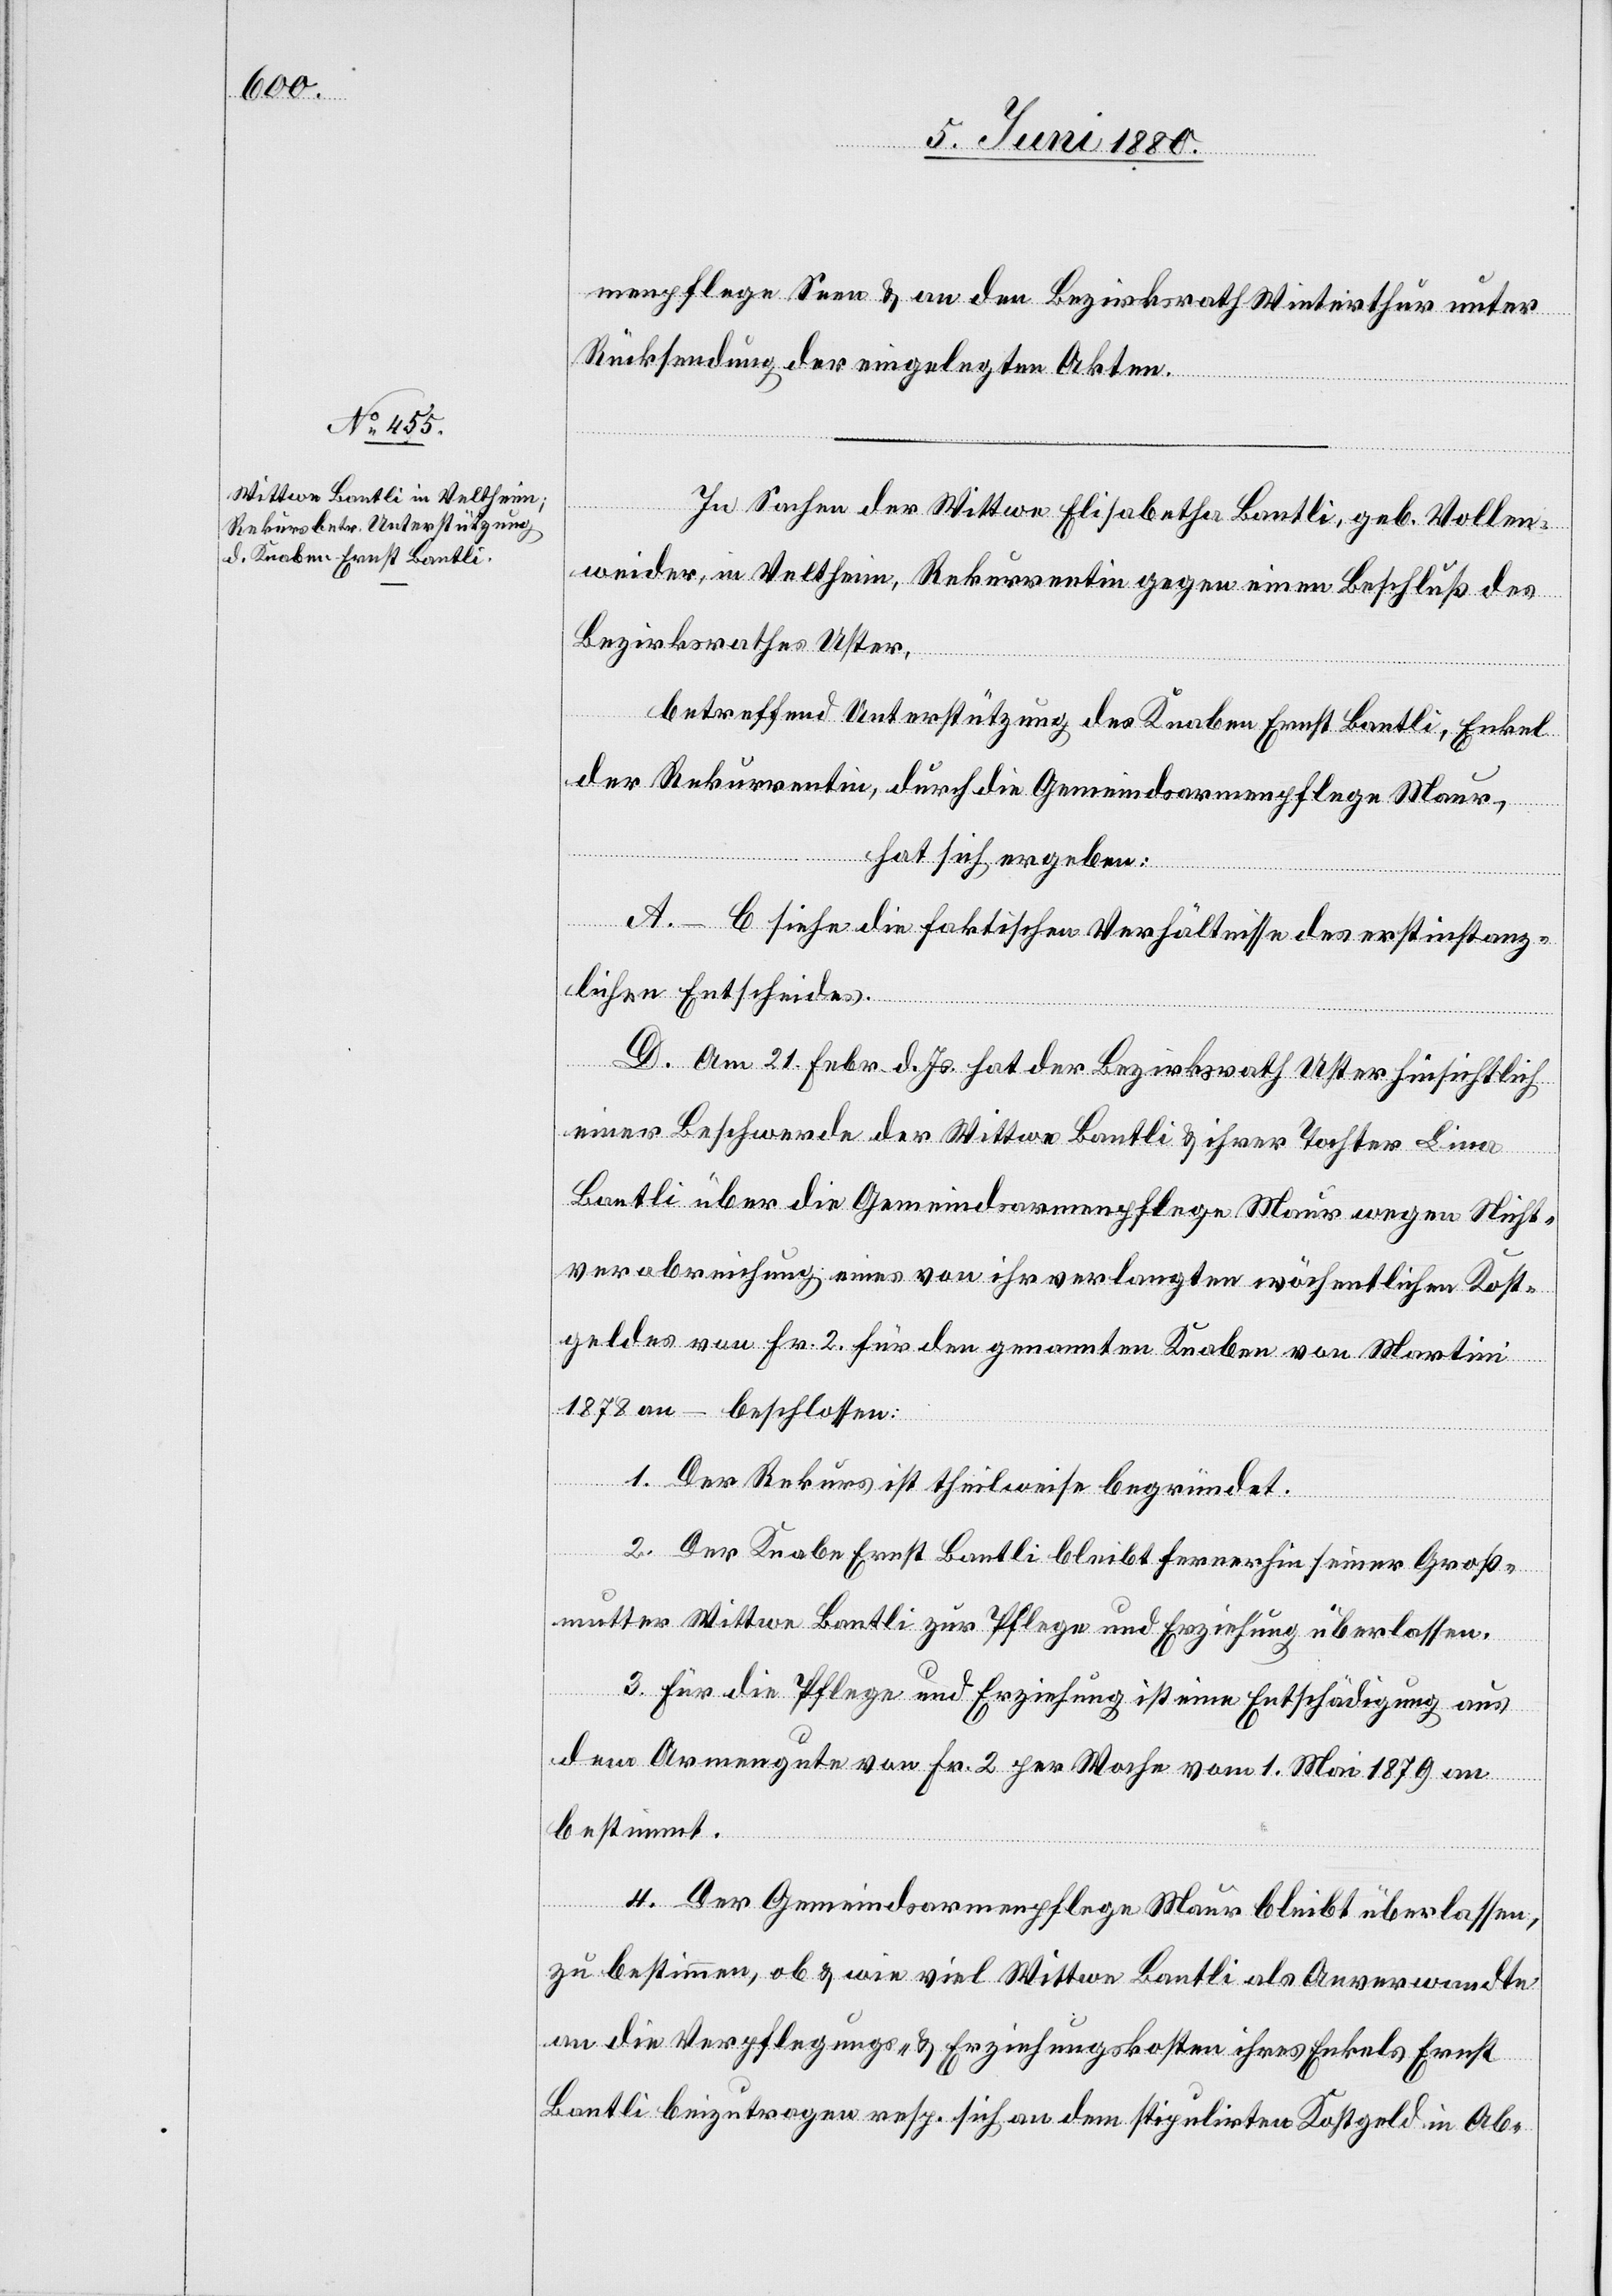
In Sachen der Wittwe Elisabetha Bantli, geb. Vollen¬
weider, in Veltheim, Rekurrentin gegen einen Beschluß des
Bezirksrathes Uster,
betreffend Unterstützung des Knaben Ernst Bantli, Enkel
der Rekurrentin, durch die Gemeindsarmenpflege Maur,
hat sich ergeben:
A–C siehe die faktischen Verhältnisse des erstinstanz¬
lichen Entscheides.
D. Am 21. Febr. d. Js. hat der Bezirksrath Uster hinsichtlich
einer Beschwerde der Wittwe Bantli & ihrer Tochter Lina
Bantli über die Gemeindsarmenpflege Maur wegen Nicht¬
verabreichung eines von ihr verlangten wöchentlichen Kost¬
geldes von Fr. 2 für den genannten Knaben von Martini
1878 an – beschlossen:
1. Der Rekurs ist theilweise begründet.
2. Der Knabe Ernst Bantli bleibt fernerhin seiner Groß¬
mutter Wittwe Bantli zur Pflege und Erziehung überlassen.
3. Für die Pflege und Erziehung ist eine Entschädigung aus
dem Armengute von Fr. 2 per Woche vom 1. Mai 1879 an
bestimmt.
4. Der Gemeindsarmenpflege Maur bleibt überlassen,
zu bestimmen, ob & wie viel Wittwe Bantli als Anverwandte
an die Verpflegungs- & Erziehungskosten ihres Enkels Ernst
Bantli beizutragen resp. sich an dem stipulirten Kostgeld in Ab-